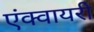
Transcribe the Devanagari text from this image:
एंक्वायरी